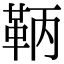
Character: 鞆